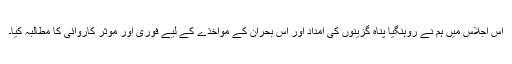
اس اجلاس میں ہم نے روہنگیا پناہ گزینوں کی امداد اور اس بحران کے مواخذے کے لیے فوری اور موثر کاروائی کا مطالبہ کیا۔